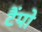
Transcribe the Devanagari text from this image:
टैंपो